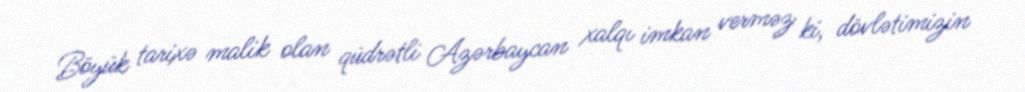
Böyük tarixə malik olan qüdrətli Azərbaycan xalqı imkan verməz ki, dövlətimizin